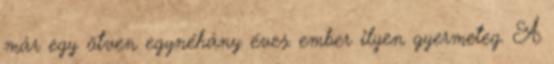
már egy ötven egynéhány éves ember ilyen gyermeteg. A